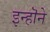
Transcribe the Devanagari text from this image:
इन्हॊने